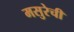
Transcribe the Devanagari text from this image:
मसुरेची